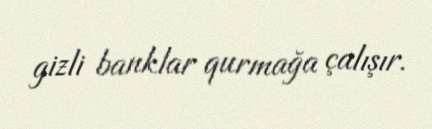
gizli banklar qurmağa çalışır.